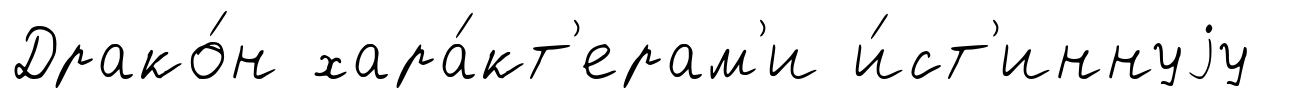
Драко́н хара́кт'ерам'и и́ст'иннуjу